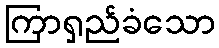
ကြာရှည်ခံသော